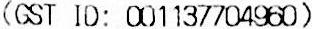
(GST ID: 001137704960)